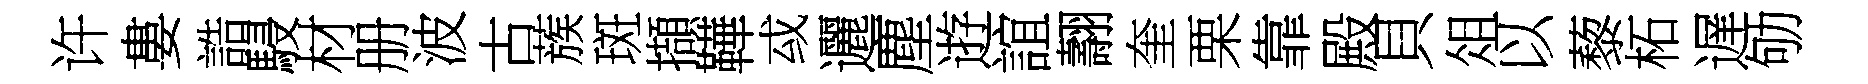
许婁誥駸材册波古蔟斑擷鞾㦯邐塵逰誼翿奎栗靠殿貝俎以藜柘遅劬